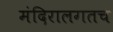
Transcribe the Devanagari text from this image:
मंदिरालगतच